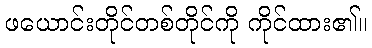
ဖယောင်းတိုင်တစ်တိုင်ကို ကိုင်ထား၏။